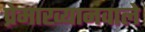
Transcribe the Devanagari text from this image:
प्रेमाख्यानवाले